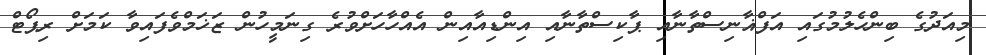
މިއަދުގެ ބިންހެލުމުގައި އަފްޣާނިސްތާނާއި ޕާކިސްތާނާއި އިންޑިއާއިން އެއްހާހަށްވުރެ ގިނަމީހުން ޒަޚަމްވެފައިވާ ކަމަށް ރިޕޯޓް